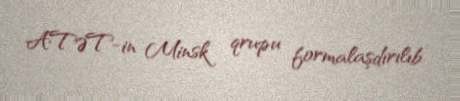
ATƏT-in Minsk qrupu formalaşdırılıb.